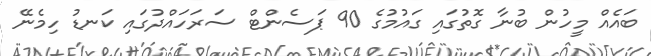
ބައެއް މީހުން ބުނާ ގޮތުގައި ގައުމުގެ 90 ޕަސެންޓް ސަރަހައްދުގައި ކަނޑު ހިމެނޭ